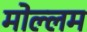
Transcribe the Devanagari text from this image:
मोल्लम